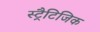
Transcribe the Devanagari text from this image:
स्ट्रैटिजिक